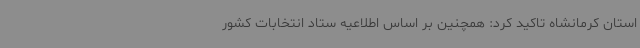
استان کرمانشاه تاکید کرد: همچنین بر اساس اطلاعیه ستاد انتخابات کشور